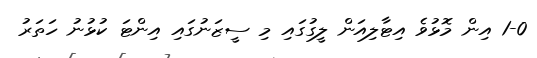
1-0 އިން މޮޅުވެ އިޓާލިއަން ލީގުގައި މި ސީޒަނުގައި އިންޓަ ކުޅުނު ހަތަރު